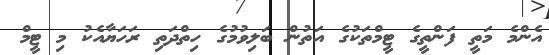
އެންމެ މަތީ ފަންތީގެ ޓީމްތަކުގެ އަތުން ބަލިވުމުގެ ހިތްދަތި ރަހަޔާއެކު މި ޓީމް